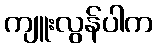
ကျူးလွန်ပါက